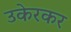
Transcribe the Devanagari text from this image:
उकेरकर